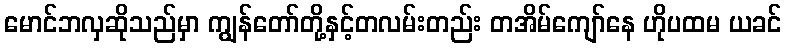
မောင်ဘလှဆိုသည်မှာ ကျွန်တော်တို့နှင့်တလမ်းတည်း တအိမ်ကျော်နေ ဟိုပထမ ယခင်